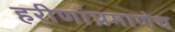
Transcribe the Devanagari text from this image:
हरीणांप्रमाणेच